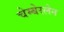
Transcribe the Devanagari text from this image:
चेम्बेरलेन